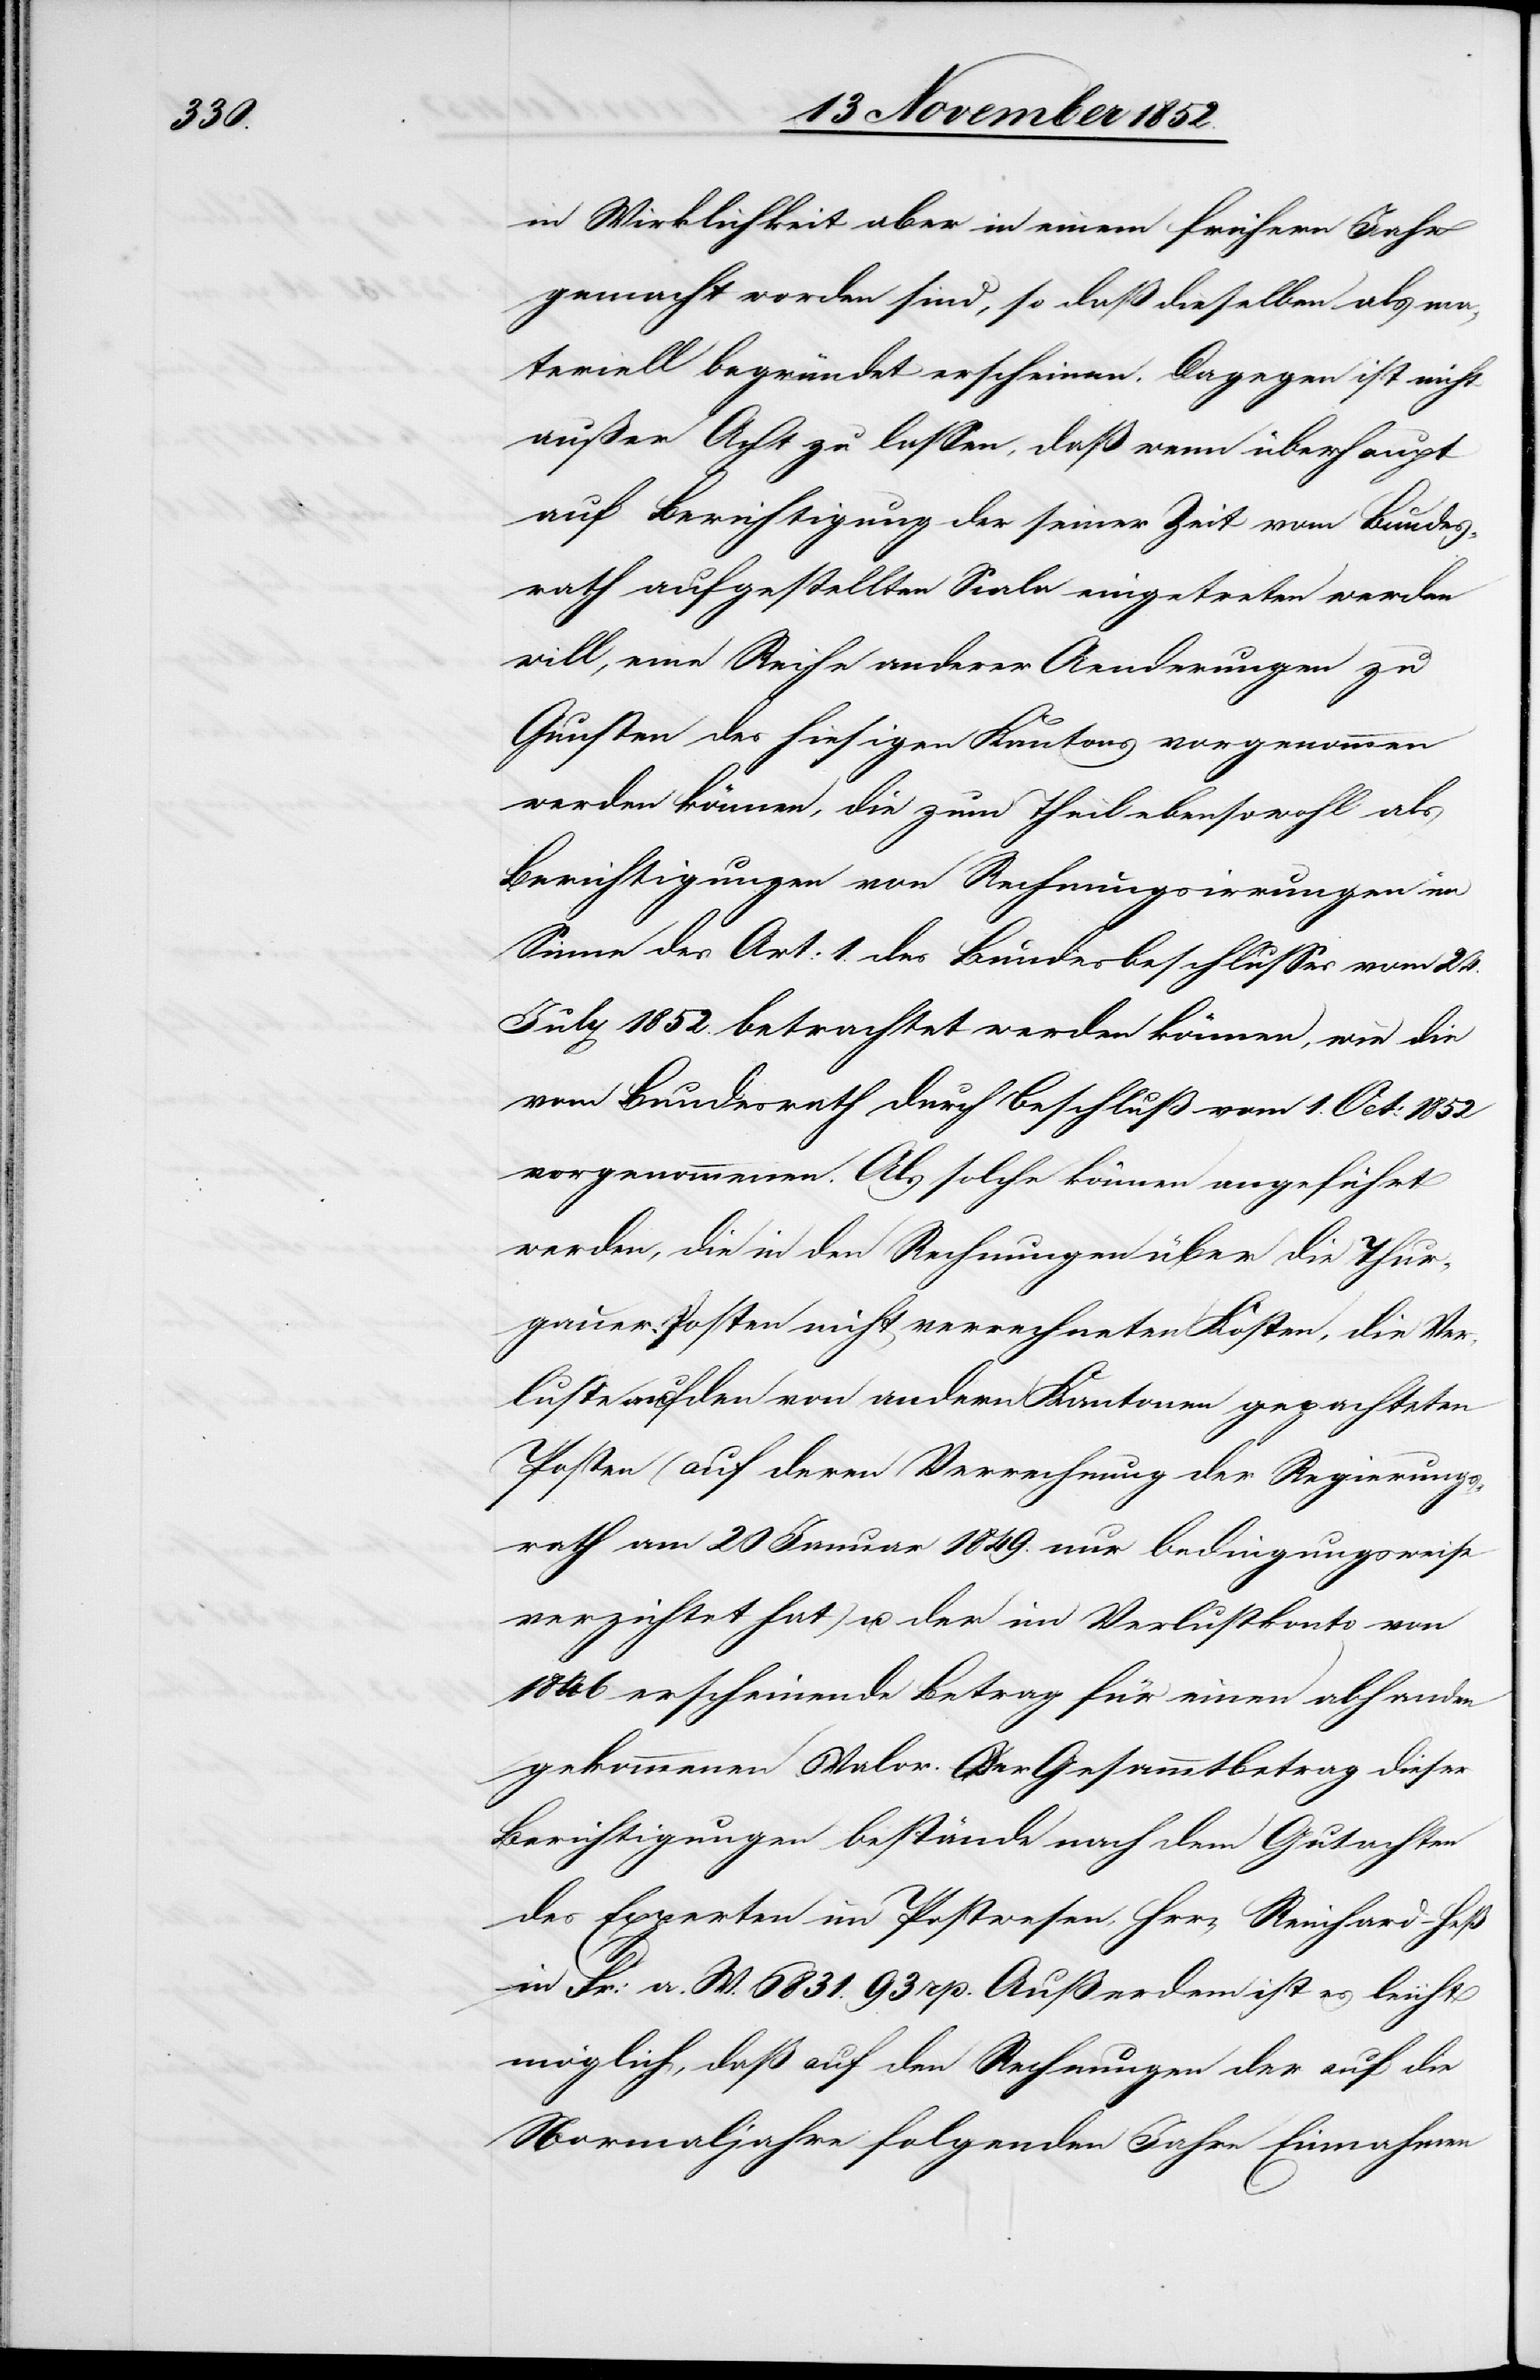
in Wirklichkeit aber in einem frühern Jahr
gemacht worden sind, so daß dieselben als ma¬
teriell begründet erscheinen. Dagegen ist nicht
außer Acht zu lassen, daß wenn überhaupt
auf Berichtigung der seiner Zeit vom Bundes¬
rath aufgestellten Scala eingetreten werden
will, eine Reihe anderer Aenderungen zu
Gunsten des hiesigen Kantons vorgenommen
werden können, die zum Theil ebensowohl als
Berichtigungen von Rechnungsirrungen im
Sinne des Art: 1. des Bundesbeschlusses vom 24.
July 1852. betrachtet werden können, wie die
vom Bundesrath durch Beschluß vom 1. Oct: 1852
vorgenommenen. Als solche können angeführt
werden, die in den Rechnungen über die Thur¬
gauer Posten nicht verrechneten Kosten, die Ver¬
luste auf den von andern Kantonen gepachteten
Posten (auf deren Verrechnung der Regierungs¬
rath am 20 Januar 1849. nur bedingungsweise
verzichtet hat) u. der im Verlustkonto von
1846 erscheinende Betrag für einen abhanden
gekommenen Valor. Der Gesammtbetrag dieser
Berichtigungen bestände nach dem Gutachten
des Experten im Postwesen, H[e]rrn Reinhard-Heß
in Fr: a. W. 6831. 93 rp. Außerdem ist es leicht
möglich, daß auf den Rechnungen der auf die
Normaljahre folgenden Jahre Einnahmen